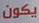
يكون